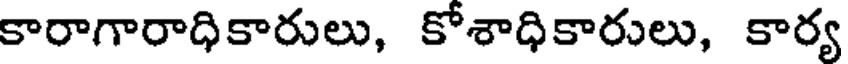
కారాగారాధికారులు, కోశాధికారులు, కార్య